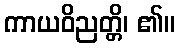
ကာယဝိညတ္တိ၊ ၏။